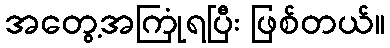
အတွေ့အကြုံရပြီး ဖြစ်တယ်။